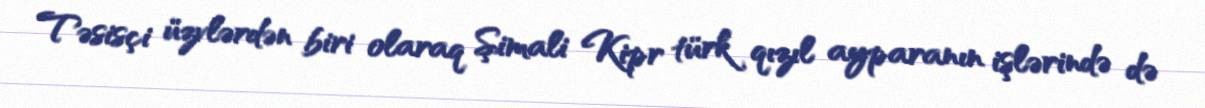
Təsisçi üzvlərdən biri olaraq Şimali Kipr türk qızıl ayparanın işlərində də